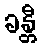
ခန္တီ